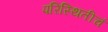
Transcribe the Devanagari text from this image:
परिस्थितीचं